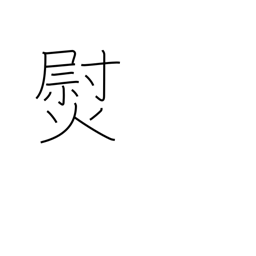
Meaning: smooth out